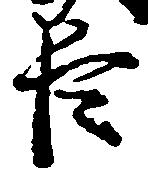
臣